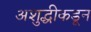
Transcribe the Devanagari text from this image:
अशुद्धीकडून